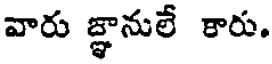
వారు జ్ఞానులే కారు.